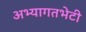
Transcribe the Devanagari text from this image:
अभ्यागतभेटी